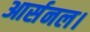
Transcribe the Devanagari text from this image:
आर्सनल।